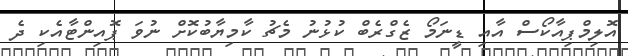
އޮލިމްޕިއާކޯސް އާއި ޑީނަމޯ ޒެގްރެބް ކުޅުނު މެޗު ކާމިޔާބުކޮށް ނުވަ ޕޮއިންޓާއެކި ދެ